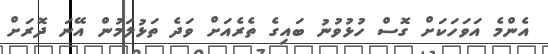
އެންމެ އަވަހަކަށް ގޮސް ހުޅުވުނު ބައިގެ ތެރެއަށް ވަދެ ތަޅުލަމުން އޭނަ ދޮރަށް